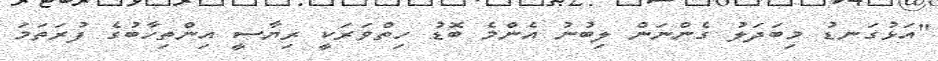
"އަޅުގަނޑު މިބަދަލު ގެންނަން ލިބުނު އެންމެ ބޮޑު ހިތްވަރަކީ ރިޔާސީ އިންތިހާބުގެ ފުރަތަމަ